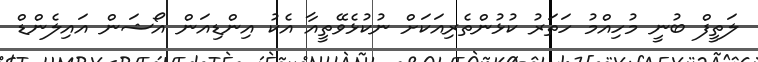
ލަތީފް ބުނީ މުހިއްމު ހަތަރު ކުޅުންތެރިއަކަށް ނުކުޅެވޭތީއާ އެކު އިންޑިއަން އޯޝަން އައިލެންޑް